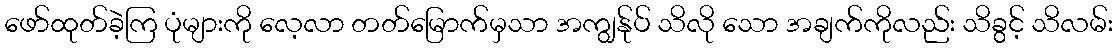
ဖော်ထုတ်ခဲ့ကြ ပုံများကို လေ့လာ တတ်မြောက်မှသာ အကျွန်ုပ် သိလို သော အချက်ကိုလည်း သိခွင့် သိလမ်း